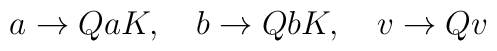
a \rightarrow QaK, \quad b \rightarrow QbK,  \quad v \rightarrow Qv